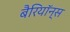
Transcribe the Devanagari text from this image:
बैरियॉन्स